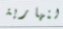
النهارية